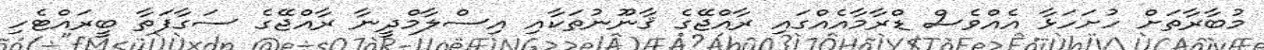
މުބާރާތަށް ހުށަހަޅާ އެއްވެސް ޑްރާމާއެއްގައި ރާއްޖޭގެ ޤާނޫނުތަކާއި އިސްލާމްދީނާ ރާއްޖޭގެ ސަގާފަތާ ބީރައްޓެހި